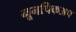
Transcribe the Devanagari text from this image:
नूनपिकअप